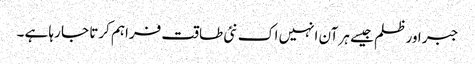
جبر اور ظلم جیسے ہر آن انہیں اک نئی طاقت فراہم کرتا جا رہا ہے ۔